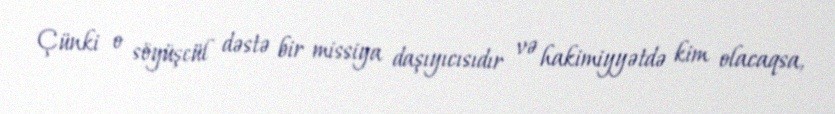
Çünki o söyüşcül dəstə bir missiya daşıyıcısıdır və hakimiyyətdə kim olacaqsa,